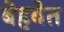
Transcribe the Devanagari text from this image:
बेहबेत